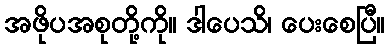
အဖိုပအစုတို့ကို။ ဒါပေသိ၊ ပေးစေပြီ။